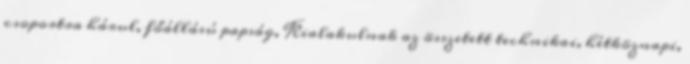
csoportra hárul, főállású papság, Kialakulnak az összetett technikai, hétköznapi,